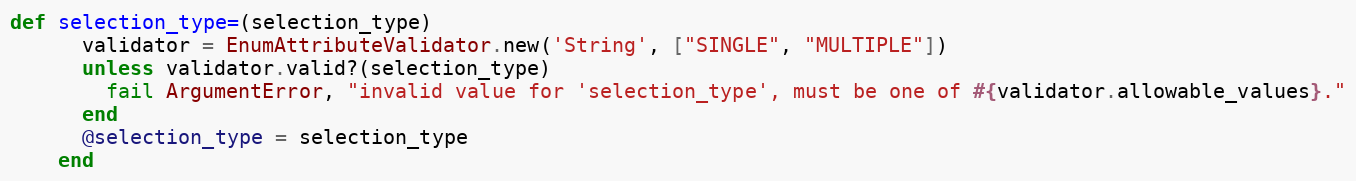
Language: Ruby
def selection_type=(selection_type)
      validator = EnumAttributeValidator.new('String', ["SINGLE", "MULTIPLE"])
      unless validator.valid?(selection_type)
        fail ArgumentError, "invalid value for 'selection_type', must be one of #{validator.allowable_values}."
      end
      @selection_type = selection_type
    end